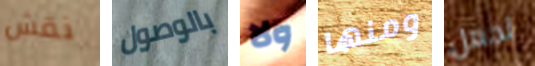
نقش بالوصول ولا ومنها تجعل